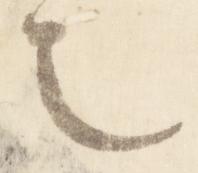
也